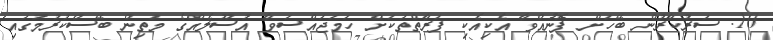
10. ސަރުކާރުން ބޭހަށް ފޮނުއްވާ އެކިއެކި ފަރާތްތަކަށް ހަމަޖައްސަވާ އުސޫލެއްގެ މަތިން ބޭސްކުރުމުގައި